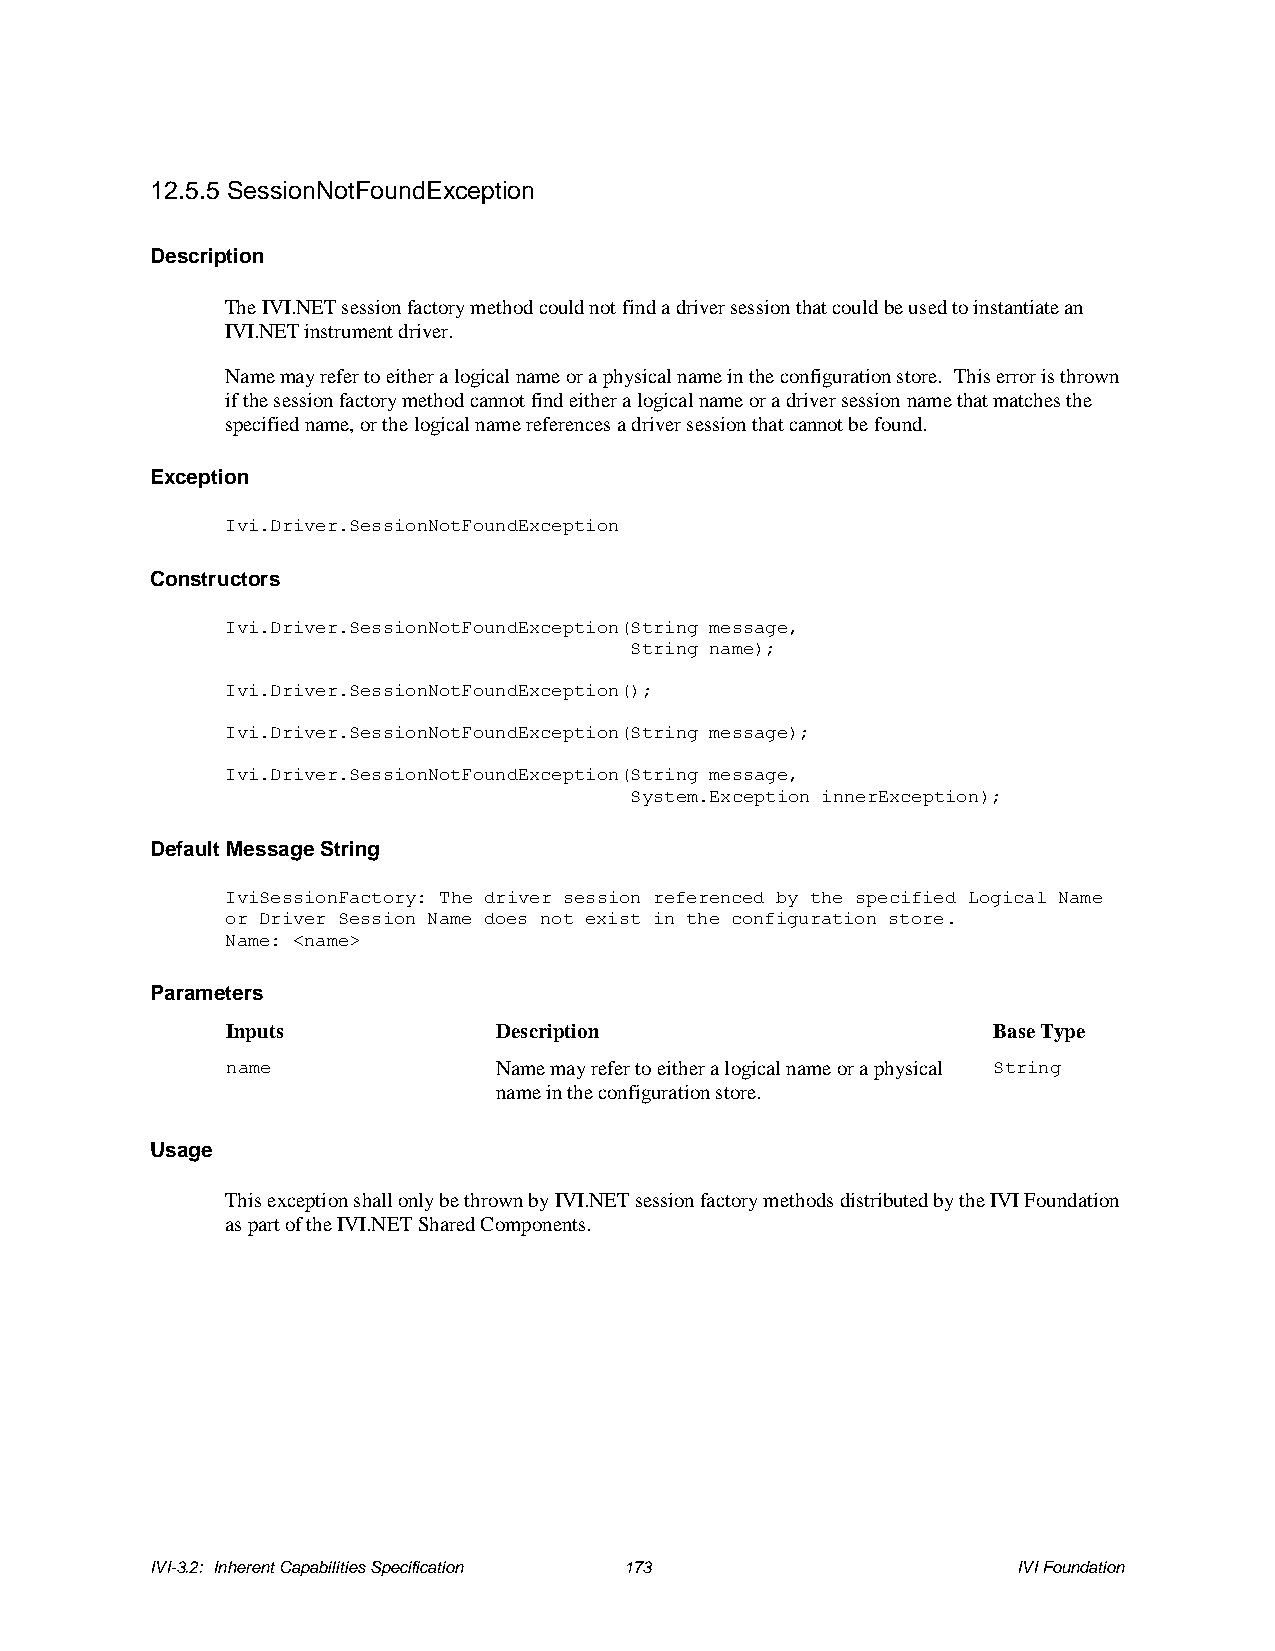
12.5.5 SessionNotFoundException
 Description
 The IVI.NET session factory method could not find a driver session that could be used to instantiate an
 IVI.NET instrument driver.
 Name may refer to either a logical name or a physical name in the configuration store. This error is thrown
 if the session factory method cannot find either a logical name or a driver session name that matches the
 specified name, or the logical name references a driver session that cannot be found.
 Exception
 Ivi.Driver.SessionNotFoundException
 Constructors
 Ivi.Driver.SessionNotFoundException(String message,
 String name);
 Ivi.Driver.SessionNotFoundException();
 Ivi.Driver.SessionNotFoundException(String message);
 Ivi.Driver.SessionNotFoundException(String message,
 System.Exception innerException);
 Default Message String
 IviSessionFactory: The driver session referenced by the specified Logical Name
 or Driver Session Name does not exist in the configuration store.
 Name: <name>
 Parameters
 Inputs            Description                      Base Type
 name              Name may refer to either a logical name or a physical String
 name in the configuration store.
 Usage
 This exception shall only be thrown by IVI.NET session factory methods distributed by the IVI Foundation
 as part of the IVI.NET Shared Components.
 IVI-3.2: Inherent Capabilities Specification 173         IVI Foundation